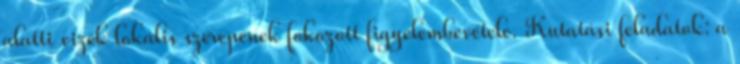
alatti vizek lokális szerepének fokozott figyelembevétele. Kutatási feladatok: a